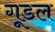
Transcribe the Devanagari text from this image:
गूडल